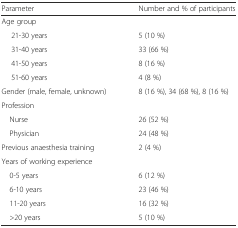
<table><thead><tr><td><b>Parameter</b></td><td><b>Number and % of participants</b></td></tr></thead><tbody><tr><td colspan="2">Age group</td></tr><tr><td>21-30 years</td><td>5 (10 %)</td></tr><tr><td>31-40 years</td><td>33 (66 %)</td></tr><tr><td>41-50 years</td><td>8 (16 %)</td></tr><tr><td>51-60 years</td><td>4 (8 %)</td></tr><tr><td>Gender (male, female, unknown)</td><td>8 (16 %), 34 (68 %), 8 (16 %)</td></tr><tr><td colspan="2">Profession</td></tr><tr><td> Nurse</td><td>26 (52 %)</td></tr><tr><td> Physician</td><td>24 (48 %)</td></tr><tr><td>Previous anaesthesia training</td><td>2 (4 %)</td></tr><tr><td colspan="2">Years of working experience</td></tr><tr><td> 0-5 years</td><td>6 (12 %)</td></tr><tr><td> 6-10 years</td><td>23 (46 %)</td></tr><tr><td> 11-20 years</td><td>16 (32 %)</td></tr><tr><td> &gt;20 years</td><td>5 (10 %)</td></tr></tbody></table>